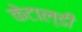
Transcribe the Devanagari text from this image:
केटाल्डी